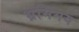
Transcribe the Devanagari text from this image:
भ्रमिमय